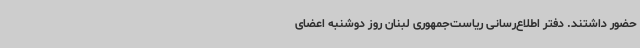
حضور داشتند. دفتر اطلاع‌رسانی ریاست‌جمهوری لبنان روز دوشنبه اعضای